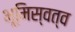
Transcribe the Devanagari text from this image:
भूमिस्वत्व